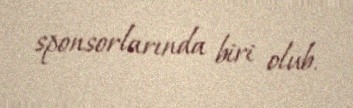
sponsorlarında biri olub.